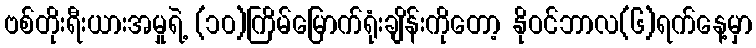
ဗစ်တိုးရီးယားအမှုရဲ့ (၁၀)ကြိမ်မြောက်ရုံးချိန်းကိုတော့ နိုဝင်ဘာလ(၆)ရက်နေ့မှာ